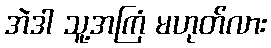
အဲဒါ သူ့အကြံ မဟုတ်လား